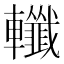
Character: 𨏪